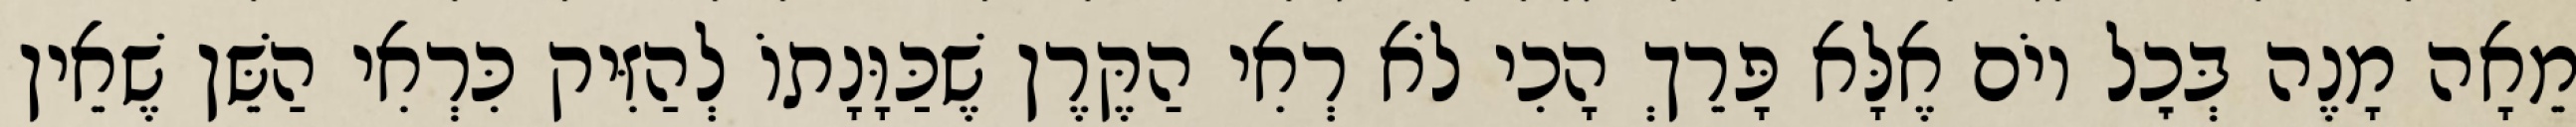
מֵאָה מָנֶה בְּכׇל יוֹם אֶלָּא פָּרֵךְ הָכִי לֹא רְאִי הַקֶּרֶן שֶׁכַּוָּנָתוֹ לְהַזִּיק כִּרְאִי הַשֵּׁן שֶׁאֵין